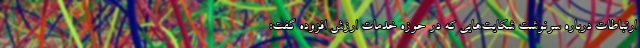
ارتباطات درباره سرنوشت شکایت‌هایی که در حوزه خدمات ارزش افزوده گفت: